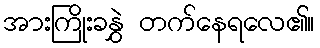
အားကြိုးခနွှဲ တက်နေရလေ၏။